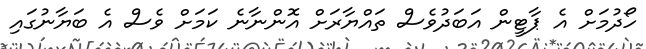
ހޯދުމަށް އެ ޕާޓީން އަބަދުވެސް ތައްޔާރަށް އޮންނާނެ ކަމަށް ވެސް އެ ބަޔާނުގައި